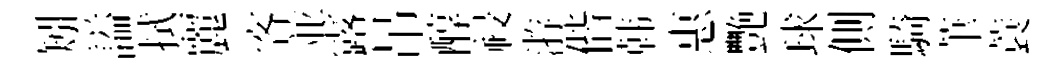
矧謚拭麗客並露吊醇祲㳺偕韩惠艷球側騎茟蓑